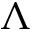
\Lambda